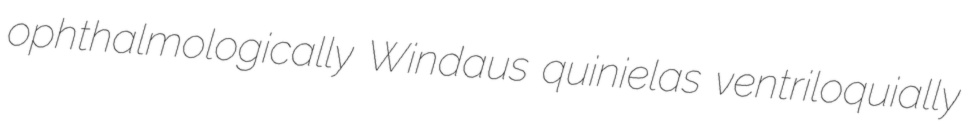
ophthalmologically Windaus quinielas ventriloquially